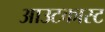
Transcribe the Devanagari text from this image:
आउटकास्ट